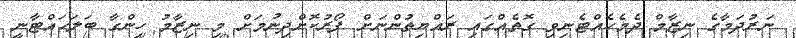
ނަރުދަމާގެ ނިޒާމް ދެމެހެއްޓެނިވި ގޮތެއްގައި ރައްޔިތުންނަށް ފޯރުކޮށްދިނުމަށް މި ނިޒާމު ހިންގާ ބަލަހައްޓާނީ